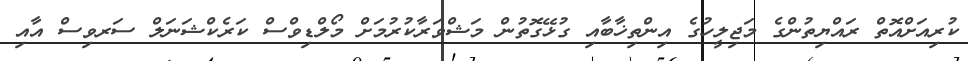
ކުރިއަށްއޮތް ރައްޔިތުންގެ މަޖިލީހުގެ އިންތިޚާބާއި ގުޅޭގޮތުން މަޝްވަރާކުރުމަށް މޯލްޑިވްސް ކަރެކްޝަނަލް ސަރވިސް އާއި